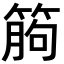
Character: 𥯷